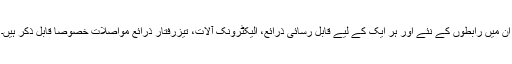
ان میں رابطوں کے نئے اور ہر ایک کے لیے قابل رسائی ذرائع، الیکٹرونک آلات، تیزرفتار ذرائع مواصلات خصوصاً قابلِ ذکر ہیں۔